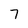
Character: 7